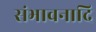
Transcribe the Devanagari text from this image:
संभावनादि